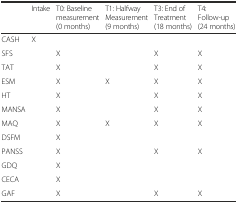
|  | Intake | T0: Baseline measurement (0 months) | T1: Halfway Measurement (9 months) | T3: End of Treatment (18 months) | T4: Follow-up (24 months) |
 | --- | --- | --- | --- | --- | --- |
 | CASH | X |  |  |  |  |
 | SFS |  | X |  | X | X |
 | TAT |  | X |  | X | X |
 | ESM |  | X | X | X | X |
 | HT |  | X |  | X | X |
 | MANSA |  | X |  | X | X |
 | MAQ |  | X | X | X | X |
 | DSFM |  | X |  |  |  |
 | PANSS |  | X |  | X | X |
 | GDQ |  | X |  |  |  |
 | CECA |  | X |  |  |  |
 | GAF |  | X |  | X | X |